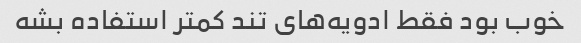
خوب بود فقط ادویه‌های تند کمتر استفاده بشه